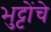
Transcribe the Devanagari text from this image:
भुट्टोंचे